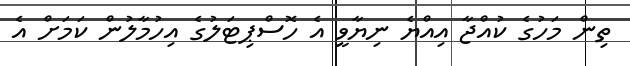
ތިން މަހުގެ ކުއްޖާ އިއްޔެ ނިޔާވީ އެ ހޮސްޕިޓަލުގެ އިހުމާލުން ކަމަށް އެ